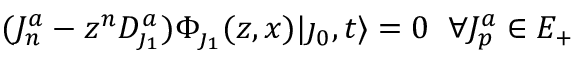
( J _ { n } ^ { a } - z ^ { n } D _ { \jmath _ { 1 } } ^ { a } ) \Phi _ { \jmath _ { 1 } } ( z , x ) | \jmath _ { 0 } , t \rangle = 0 \; \; \forall J _ { p } ^ { a } \in { \cal E } _ { + }